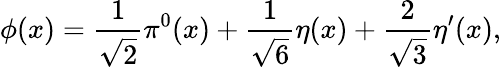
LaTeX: \phi(x)=\frac{1}{\sqrt{2}}\pi^{0}(x)+\frac{1}{\sqrt{6}}\eta(x)+\frac{2}{\sqrt{3}}\eta^{\prime}(x),